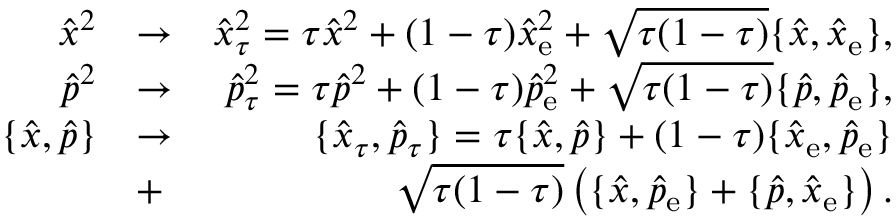
\begin{array} { r l r } { \hat { x } ^ { 2 } } & { \rightarrow } & { \hat { x } _ { \tau } ^ { 2 } = \tau \hat { x } ^ { 2 } + ( 1 - \tau ) \hat { x } _ { \mathrm { e } } ^ { 2 } + \sqrt { \tau ( 1 - \tau ) } \{ \hat { x } , \hat { x } _ { \mathrm { e } } \} , } \\ { \hat { p } ^ { 2 } } & { \rightarrow } & { \hat { p } _ { \tau } ^ { 2 } = \tau \hat { p } ^ { 2 } + ( 1 - \tau ) \hat { p } _ { \mathrm { e } } ^ { 2 } + \sqrt { \tau ( 1 - \tau ) } \{ \hat { p } , \hat { p } _ { \mathrm { e } } \} , } \\ { \{ \hat { x } , \hat { p } \} } & { \rightarrow } & { \{ \hat { x } _ { \tau } , \hat { p } _ { \tau } \} = \tau \{ \hat { x } , \hat { p } \} + ( 1 - \tau ) \{ \hat { x } _ { \mathrm { e } } , \hat { p } _ { \mathrm { e } } \} } \\ & { + } & { \sqrt { \tau ( 1 - \tau ) } \left( \{ \hat { x } , \hat { p } _ { \mathrm { e } } \} + \{ \hat { p } , \hat { x } _ { \mathrm { e } } \} \right) . } \end{array}